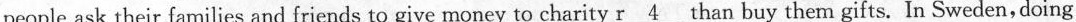
people ask their families and friends to give money to charity \underline{r4} than buy them gifts. In Sweden, doing